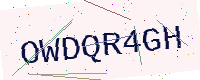
Text: OWDQR4GH